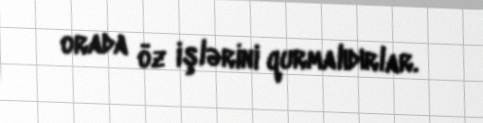
orada öz işlərini qurmalıdırlar.